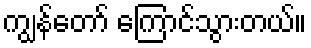
ကျွန်တော် ကြောင်သွားတယ်။